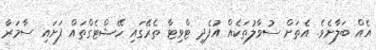
އެއް ބަލާށެވެ. އެތަށް ސުވާލުތަކެއް އުފެދި ޓްވިޓާ ތެރޭގައި ހޭޝްޓެގްތައް ފަށައި ސާމަރާ